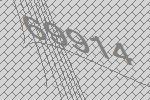
69914